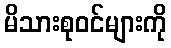
မိသားစုဝင်များကို